Note on the mental hospitals in Burma - 1925-1940
Year: 1925
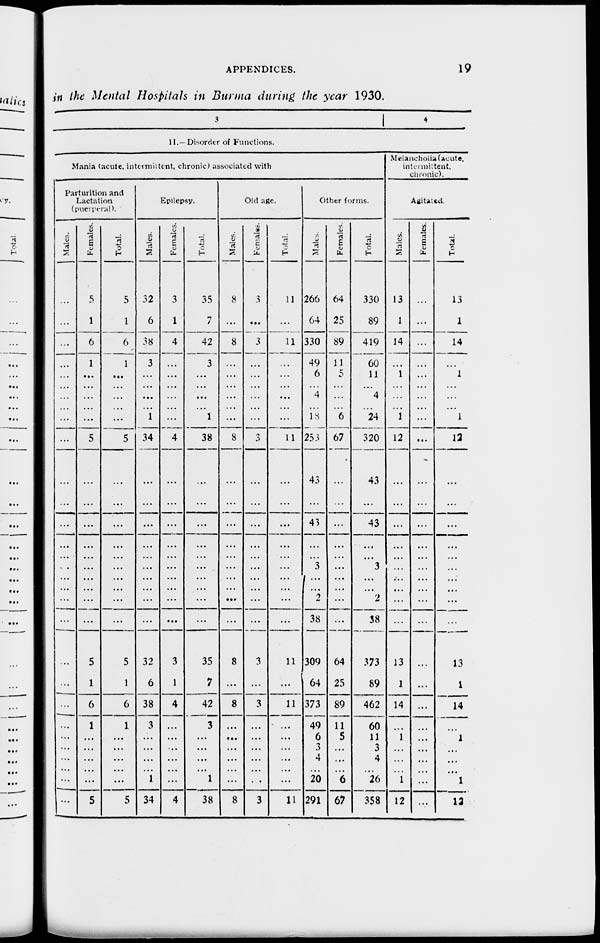
APPENDICES.
19
in the Mental Hospitals in Burma during the year 1930.
3
4
11.— Disorder of Functions.
Mania (acute, intermittent, chronic) associated with
Parturition and
Lactation
(puerperal).
Males.
...
...
...
...
...
...
...
...
...
...
...
...
...
...
...
...
...
...
...
...
...
...
...
...
...
...
...
...
Females.
5
1
6
1
...
...
...
5
...
...
...
...
...
...
...
...
...
...
5
1
6
1
...
...
...
...
...
5
Total.
5
1
6
1
...
...
...
5
...
...
...
...
...
...
...
...
...
...
5
1
6
1
...
...
...
...
...
5
Epilepsy.
Males.
32
6
38
3
...
...
1
34
...
...
...
...
...
...
...
...
...
...
32
6
38
3
...
...
...
...
1
34
Females.
3
1
4
...
...
...
...
4
...
...
...
...
...
...
...
...
...
...
3
1
4
...
...
...
...
...
...
4
Total.
35
7
42
3
...
...
1
38
...
...
...
...
...
...
...
...
...
...
35
7
42
3
...
...
...
...
1
38
Old age.
Males.
8
...
8
...
...
...
...
8
...
...
...
...
...
...
...
...
...
...
8
...
8
...
...
...
...
...
...
8
Females.
3
...
3
...
...
...
...
3
...
...
...
...
...
...
...
...
...
...
3
...
3
...
...
...
...
...
...
3
Total.
11
...
11
...
...
...
...
11
...
...
...
...
...
...
...
...
...
11
...
11
...
...
...
...
...
...
11
Other forms.
Males.
266
64
330
49
6
4
18
253
43
...
43
...
...
3
...
...
2
38
309
64
373
49
6
3
4
...
20
291
Females.
64
25
89
11
5
...
6
67
...
...
...
...
...
...
...
...
...
...
64
25
89
11
5
...
...
...
6
67
Total.
330
89
419
60
11
4
24
320
43
...
43
...
... 3
...
...
2
38
373
89
462
60
11
3
4
...
26
358
Melancholia (acute,
intermittent.
chronic).
Agitated.
Males.
13
1
14
...
1
...
1
12
...
...
...
...
...
...
...
...
...
...
13
1
14
...
1
...
...
...
1
12
Females.
...
...
...
...
...
...
...
...
...
...
...
...
...
...
...
...
...
...
...
...
...
...
...
...
...
...
...
...
Total.
13
1
14
...
1
...
1
12
...
...
...
...
...
...
...
...
...
...
13
1
14
...
1
...
...
...
1
12